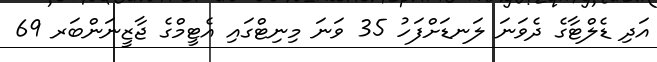
އަދި ޑެލްޓާގެ ދެވަނަ ލަނޑަށްފަހު 35 ވަނަ މިނިޓްގައި އެޓީމްގެ ޖާޒީނަންބަރ 69